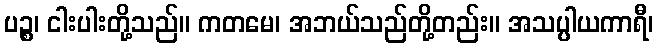
ပဉ္စ၊ ငါးပါးတို့သည်။ ကတမေ၊ အဘယ်သည်တို့တည်း။ အသပ္ပါယကာရီ၊